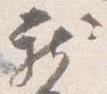
新